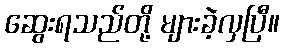
ဆွေးရသည်တို့ များခဲ့လှပြီ။